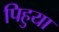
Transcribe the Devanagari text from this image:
पिहुया